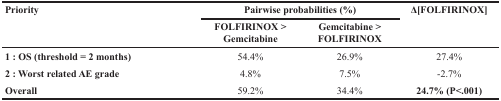
| <ROWSPAN=2> Priority | <COLSPAN=2> Pairwise probabilities (%) | <ROWSPAN=2> Δ[FOLFIRINOX] |
 | FOLFIRINOX > Gemcitabine | Gemcitabine > FOLFIRINOX |
 | --- | --- | --- | --- |
 | 1 : OS (threshold = 2 months) | 54.4% | 26.9% | 27.4% |
 | 2 : Worst related AE grade | 4.8% | 7.5% | −2.7% |
 | Overall | 59.2% | 34.4% | 24.7% (P<.001) |